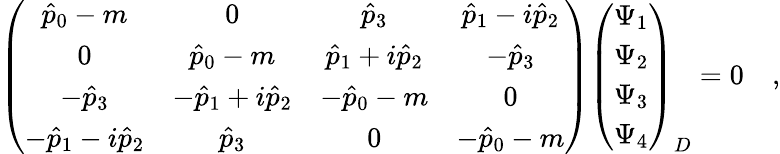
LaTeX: \left(\begin{array}{cccc}{{\hat{p}_{0}-m}}&{{0}}&{{\hat{p}_{3}}}&{{\hat{p}_{1}-i\hat{p}_{2}}}\\ {{0}}&{{\hat{p}_{0}-m}}&{{\hat{p}_{1}+i\hat{p}_{2}}}&{{-\hat{p}_{3}}}\\ {{-\hat{p}_{3}}}&{{-\hat{p}_{1}+i\hat{p}_{2}}}&{{-\hat{p}_{0}-m}}&{{0}}\\ {{-\hat{p}_{1}-i\hat{p}_{2}}}&{{\hat{p}_{3}}}&{{0}}&{{-\hat{p}_{0}-m}}\end{array}\right)\left(\begin{array}{cccc}{{\Psi_{1}}}\\ {{\Psi_{2}}}\\ {{\Psi_{3}}}\\ {{\Psi_{4}}}\end{array}\right)_{D}=0\quad,